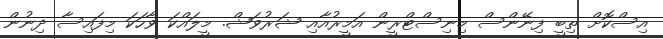
އިސްކޮށް ތިބީ ފިނޭންސް މިނިސްޓްރީން އަމީރުއާއި ޝަރުވަޝް. މީލައްކަ ވާހަކަ މިފައިސާ ދިނުން